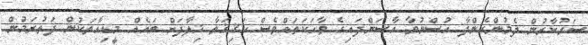
ސަރުކާރުން ދެމުންގެންދާ ހުސްނުވާ އާސަންދައިގެ ވާހަކަތައްވެސް ހަޤިޤަތާ ޚިލާފަށް ބައެއް މީޑިއާތަކުން ފަތުރަމުން